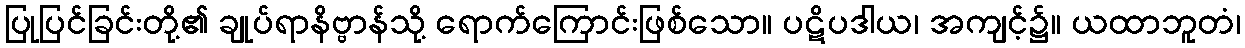
ပြုပြင်ခြင်းတို့၏ ချုပ်ရာနိဗ္ဗာန်သို့ ရောက်ကြောင်းဖြစ်သော။ ပဋိပဒါယ၊ အကျင့်၌။ ယထာဘူတံ၊